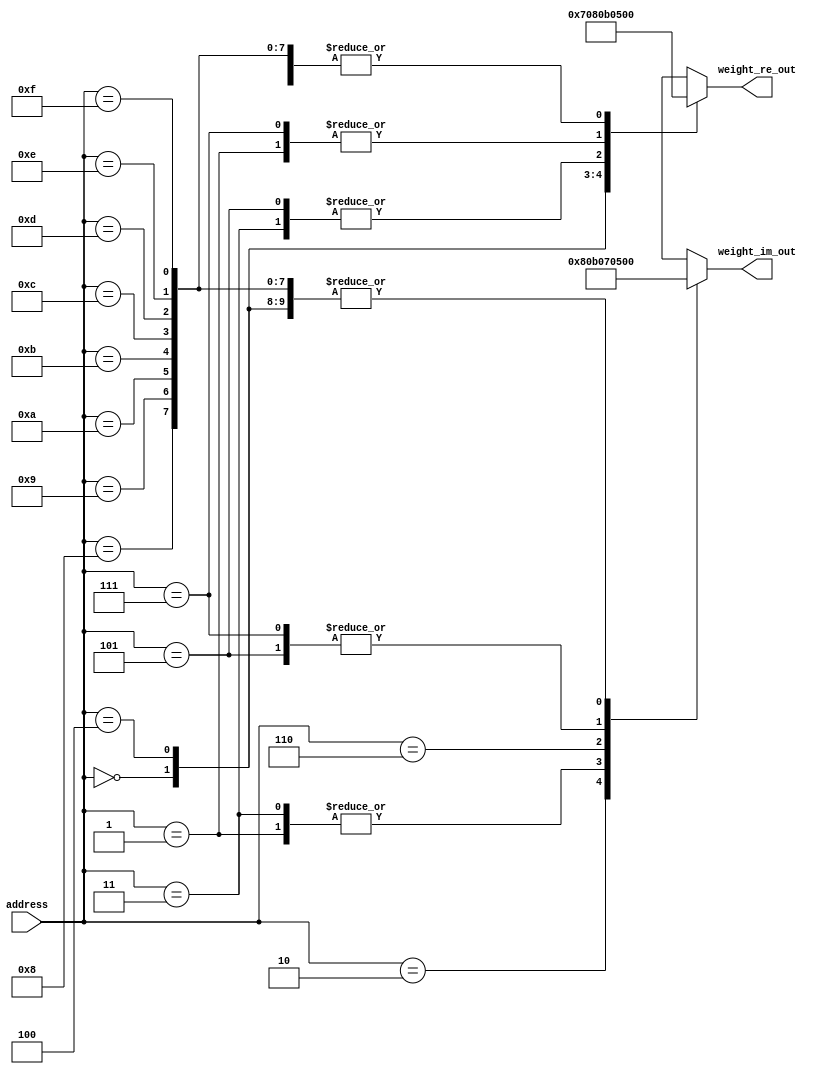
module twiddle_8 #(parameter BIT_WIDTH = 8, parameter FFT_SIZE = 16)(
    input [$clog2(FFT_SIZE)-1:0]    address,
    output [BIT_WIDTH-1:0]          weight_re_out,
    output [BIT_WIDTH-1:0]          weight_im_out
);

    wire [BIT_WIDTH-1:0]  weight_re[15:0];
    wire [BIT_WIDTH-1:0]  weight_im[15:0];

    assign  weight_re_out = weight_re[address];
    assign  weight_im_out = weight_im[address];

    //      wn_re = cos(-2pi*n/8)              wn_im = sin(-2pi*n/8)
    assign weight_re[ 0] = 4'b0111;    assign weight_im[ 0] = 4'b0000;   //  0  1.000 -0.000
    assign weight_re[ 1] = 4'b0101;    assign weight_im[ 1] = 4'b1011;   //  1  0.995 -0.098
    assign weight_re[ 2] = 4'b0000;    assign weight_im[ 2] = 4'b1000;   //  2  0.981 -0.195
    assign weight_re[ 3] = 4'b1011;    assign weight_im[ 3] = 4'b1011;   //  3  0.957 -0.290
    assign weight_re[ 4] = 4'b1000;    assign weight_im[ 4] = 4'b0000;   //  4  0.924 -0.383
    assign weight_re[ 5] = 4'b1011;    assign weight_im[ 5] = 4'b0101;   //  5  0.882 -0.471
    assign weight_re[ 6] = 4'b0000;    assign weight_im[ 6] = 4'b0111;   //  6  0.831 -0.556
    assign weight_re[ 7] = 4'b0101;    assign weight_im[ 7] = 4'b0101;   //  7  0.773 -0.634
    
    assign weight_re[ 8] = 4'b0000;    assign weight_im[ 8] = 4'b0000;   //  8  0.707 -0.707
    assign weight_re[ 9] = 4'b0000;    assign weight_im[ 9] = 4'b0000;   //  9  0.634 -0.773
    assign weight_re[10] = 4'b0000;    assign weight_im[10] = 4'b0000;   // 10  0.556 -0.831
    assign weight_re[11] = 4'b0000;    assign weight_im[11] = 4'b0000;   // 11  0.471 -0.882
    assign weight_re[12] = 4'b0000;    assign weight_im[12] = 4'b0000;   // 12  0.383 -0.924
    assign weight_re[13] = 4'b0000;    assign weight_im[13] = 4'b0000;   // 13  0.290 -0.957
    assign weight_re[14] = 4'b0000;    assign weight_im[14] = 4'b0000;   // 14  0.195 -0.981
    assign weight_re[15] = 4'b0000;    assign weight_im[15] = 4'b0000;   // 15  0.098 -0.995
endmodule